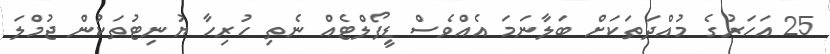
25 އަހަރުގެ މުއްދަތަކަށް ބަލާނަމަ އެއްވެސް ޑީފޯލްޓެއް ނެތި ހުރިހާ ޔުނިޓުތަކުން ޖުމްލަ